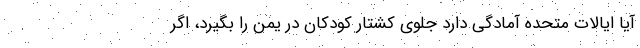
آیا ایالات متحده آمادگی دارد جلوی کشتار کودکان در یمن را بگیرد، اگر